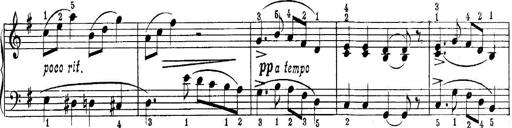
Title: Quatres sonatines
Composer: Tadeusz Joteyko